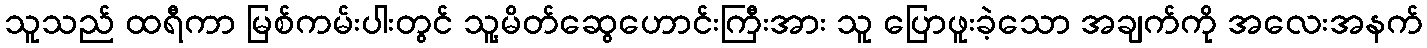
သူသည် ထရီကာ မြစ်ကမ်းပါးတွင် သူ့မိတ်ဆွေဟောင်းကြီးအား သူ ပြောဖူးခဲ့သော အချက်ကို အလေးအနက်